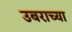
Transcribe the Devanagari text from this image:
उबराच्या